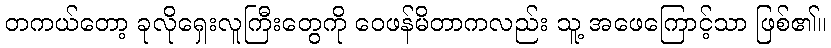
တကယ်တော့ ခုလိုရှေးလူကြီးတွေကို ဝေဖန်မိတာကလည်း သူ့ အဖေကြောင့်သာ ဖြစ်၏။